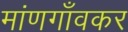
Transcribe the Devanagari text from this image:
मांणगाँवकर